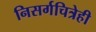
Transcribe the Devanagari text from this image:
निसर्गचित्रेही